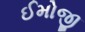
ઈમોજી